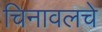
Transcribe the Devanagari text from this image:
चिनावलचे